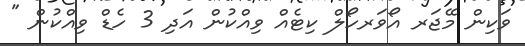
ވަކިން މޭޖަރ އޯވަރހޯލް ކިޓެއް ވިއްކުން އަދި 3 ހެޑް ވިއްކުން "